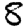
Digit: 8